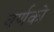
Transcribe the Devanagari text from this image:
वर्णको